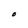
Character: O